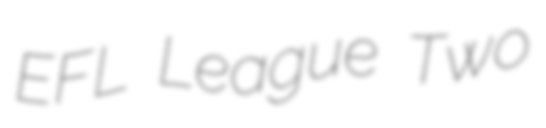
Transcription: EFL League Two